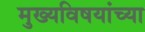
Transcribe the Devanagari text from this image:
मुख्यविषयांच्या